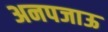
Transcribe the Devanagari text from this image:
अनपजाऊ